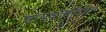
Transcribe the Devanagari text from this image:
हायड्रोकार्बन